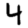
Digit: 4